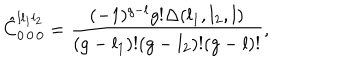
LaTeX: \hat { C } _ { 0 \, 0 \, 0 } ^ { l l _ { 1 } l _ { 2 } } = { \frac { ( - 1 ) ^ { g - l } g ! \Delta ( l _ { 1 } , l _ { 2 } , l ) } { ( g - l _ { 1 } ) ! ( g - l _ { 2 } ) ! ( g - l ) ! } } ,